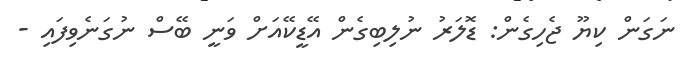
ނަގަން ކިޔޫ ޖެހިގެން: ޑޮލަރު ނުލިބިގެން އޭޑީކޭއަށް ވަނީ ބޭސް ނުގަނެވިފައި -